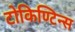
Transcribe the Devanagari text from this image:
टोकिण्टिन्स